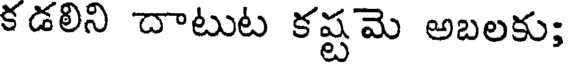
కడలిని దాటుట కష్టమె అబలకు;